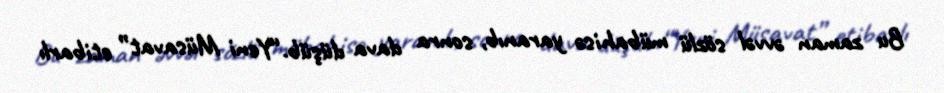
Bu zaman əvvəl sözlü mübahisə yaranıb, sonra dava düşüb.“Yeni Müsavat” etibarlı